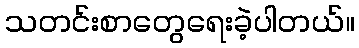
သတင်းစာတွေရေးခဲ့ပါတယ်။